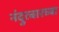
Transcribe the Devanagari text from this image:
नंदुरबारच्या